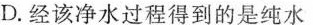
D.经该净水过程得到的是纯水